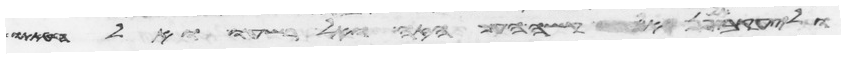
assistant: וליעקב אל תפן אל קשה העם הזה ואל רשעו ואל